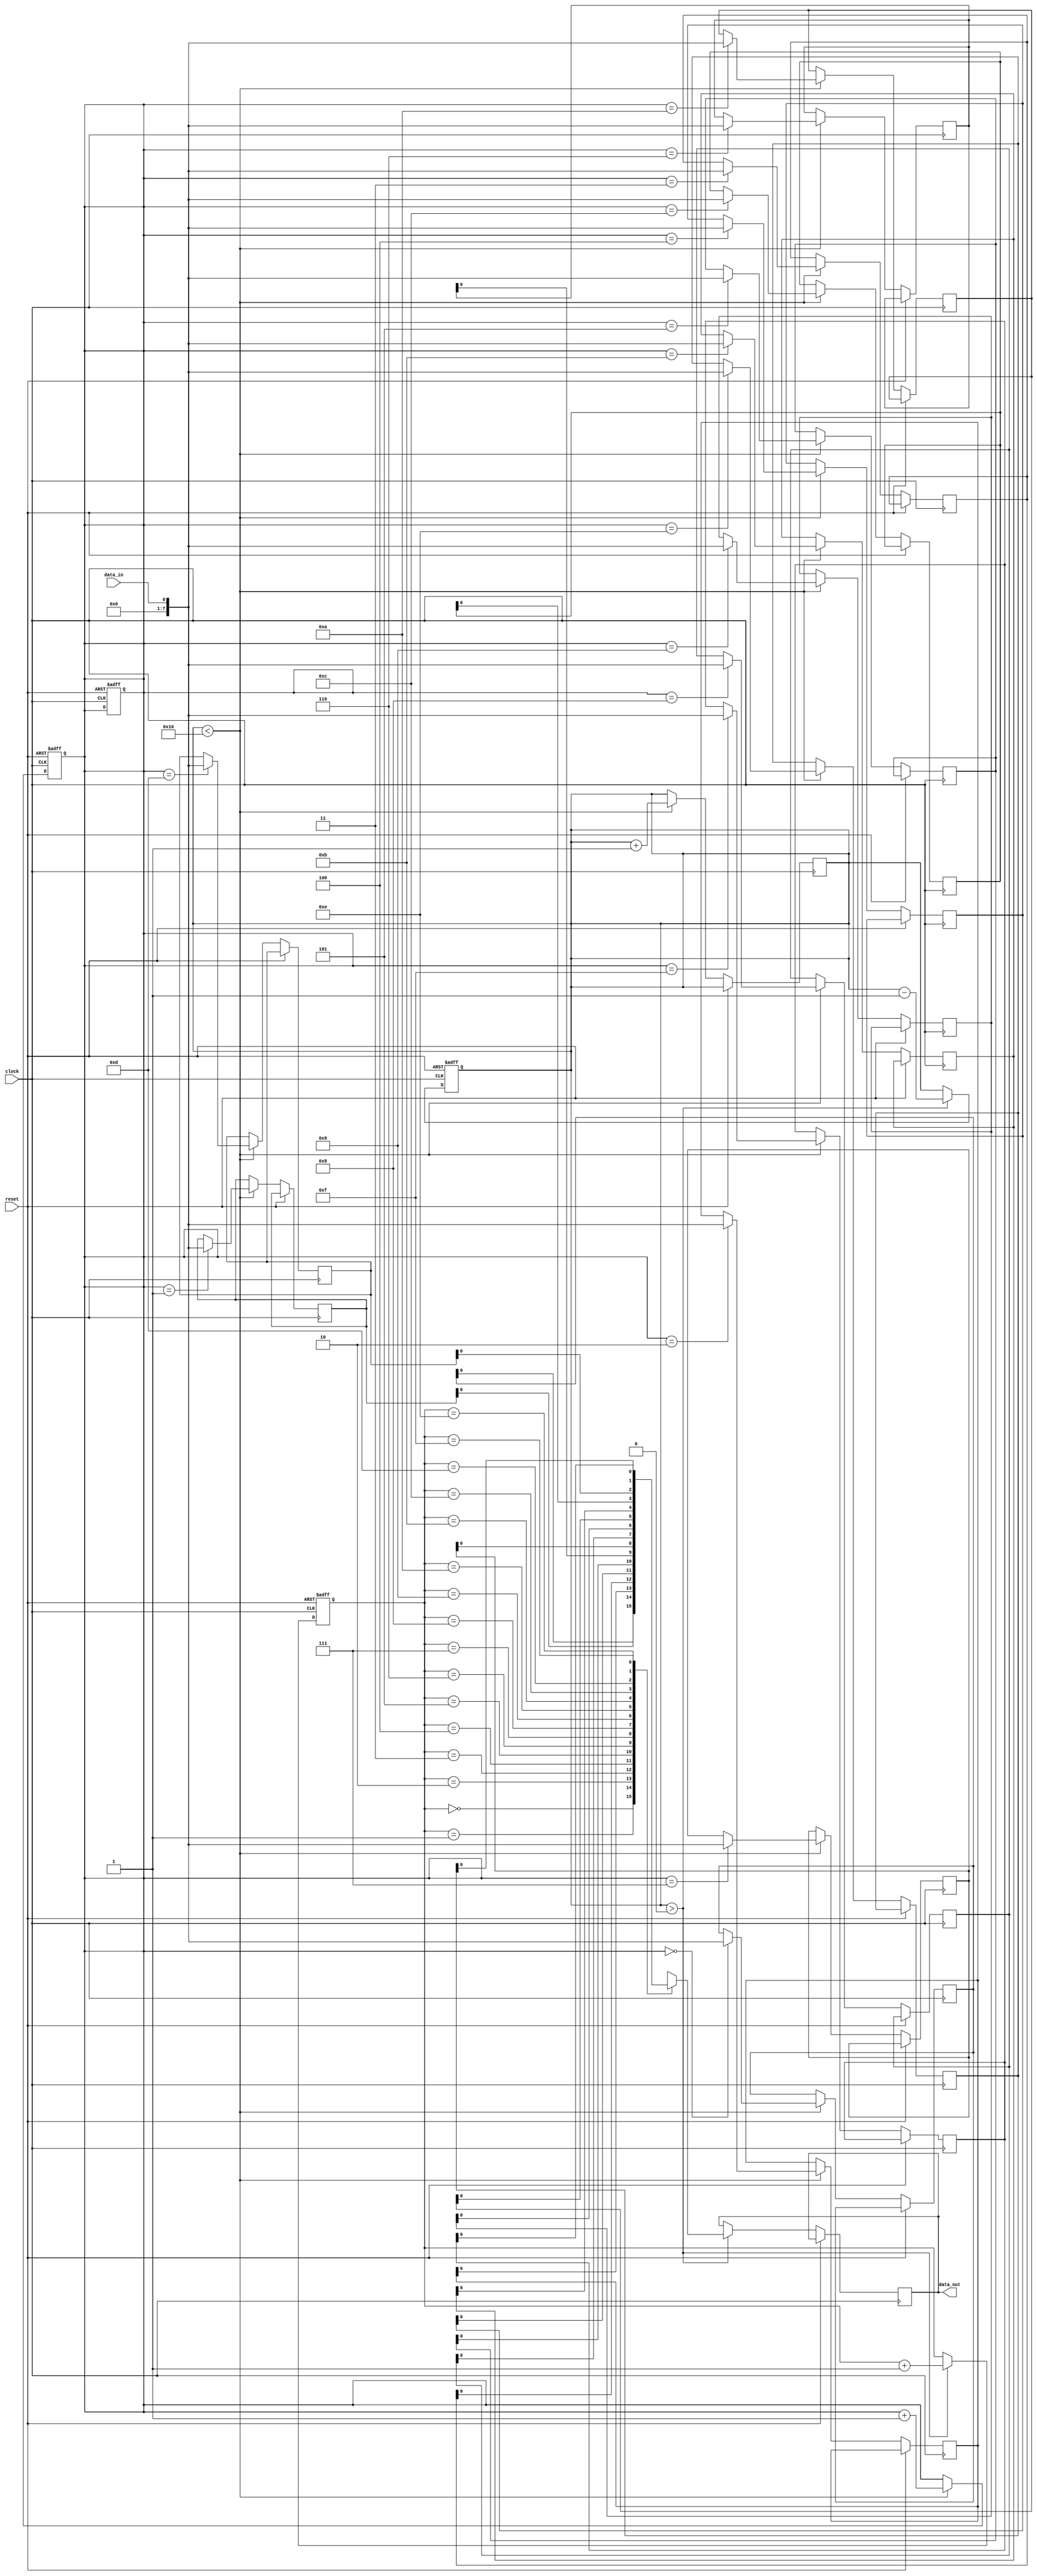
module fifo_buffer (
    input wire clock,
    input wire reset,
    input wire data_in,
    output wire data_out
);

reg [7:0] buffer [0:15];
reg [3:0] read_ptr;
reg [3:0] write_ptr;
reg [3:0] fill_level;

always @(posedge clock or posedge reset) begin
    if (reset) begin
        read_ptr <= 4'b0000;
        write_ptr <= 4'b0000;
        fill_level <= 4'b0000;
    end else begin
        if (fill_level > 0) begin
            data_out <= buffer[read_ptr];
            read_ptr <= read_ptr + 1;
            fill_level <= fill_level - 1;
        end
    end
end

always @(posedge clock or posedge reset) begin
    if (reset) begin
        write_ptr <= 4'b0000;
    end else begin
        if (fill_level < 16) begin
            buffer[write_ptr] <= data_in;
            write_ptr <= write_ptr + 1;
            fill_level <= fill_level + 1;
        end
    end
end

endmodule